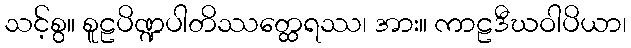
သင့်စွ။ စူဠပိဏ္ဍပါတိဿတ္ထေရဿ၊ အား။ ကာဠဒီဃဝါပိယာ၊